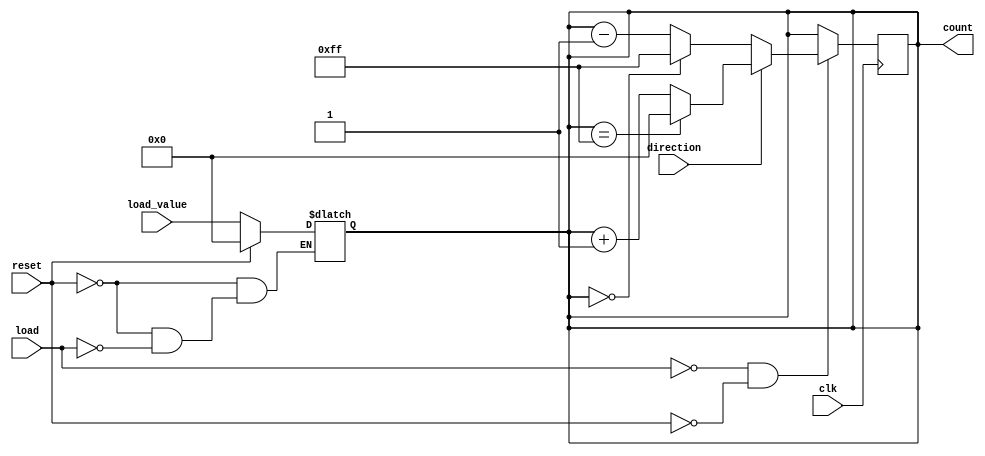
module async_load_counter (
    input wire clk,                // Clock signal
    input wire load,               // Asynchronous load signal
    input wire reset,              // Asynchronous reset signal
    input wire direction,          // Counting direction (1 for up, 0 for down)
    input wire [N-1:0] load_value, // Value to load into the counter
    output reg [N-1:0] count       // Current count value
);
    parameter N = 8; // Width of the counter, can be adjusted as needed

    // Asynchronous reset and load
    always @(*) begin
        if (reset) begin
            count = 0; // Reset the counter to zero
        end else if (load) begin
            count = load_value; // Load the specified value
        end
    end

    // Synchronous counting on the rising edge of the clock
    always @(posedge clk) begin
        if (!load && !reset) begin // Only count if neither load nor reset is active
            if (direction) begin
                // Increment the counter with overflow handling
                count <= (count == {N{1'b1}}) ? 0 : count + 1; // Wrap around to 0 on overflow
            end else begin
                // Decrement the counter with underflow handling
                count <= (count == 0) ? {N{1'b1}} : count - 1; // Wrap around to max on underflow
            end
        end
    end
endmodule